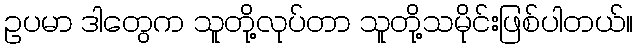
ဥပမာ ဒါတွေက သူတို့လုပ်တာ သူတို့သမိုင်းဖြစ်ပါတယ်။